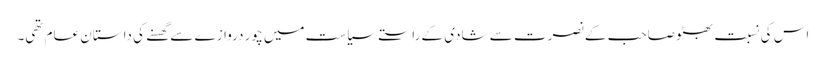
اس کی نسبت بھٹو صاحب کے نصرت سے شادی کے راستے سیاست میں چور دروازے سے گھسنے کی داستان عام تھی۔